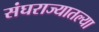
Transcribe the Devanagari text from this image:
संघराज्यातल्या